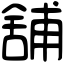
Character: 舖